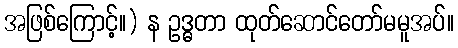
အဖြစ်ကြောင့်။) န ဥဒ္ဓတာ ထုတ်ဆောင်တော်မမူအပ်။